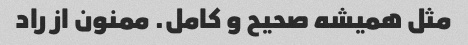
مثل همیشه صحیح و کامل. ممنون از راد